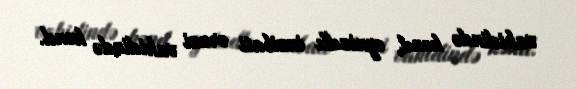
vahidində kənd, eyniadlı inzibati ərazi vahidində kənd.